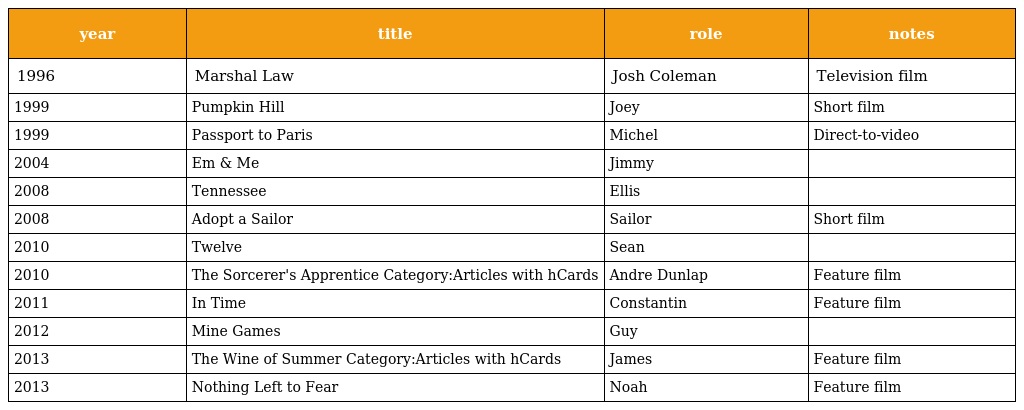
| year | title | role | notes |
 | --- | --- | --- | --- |
 | 1996 | Marshal Law | Josh Coleman | Television film |
 | 1999 | Pumpkin Hill | Joey | Short film |
 | 1999 | Passport to Paris | Michel | Direct-to-video |
 | 2004 | Em & Me | Jimmy |  |
 | 2008 | Tennessee | Ellis |  |
 | 2008 | Adopt a Sailor | Sailor | Short film |
 | 2010 | Twelve | Sean |  |
 | 2010 | The Sorcerer's Apprentice Category:Articles with hCards | Andre Dunlap | Feature film |
 | 2011 | In Time | Constantin | Feature film |
 | 2012 | Mine Games | Guy |  |
 | 2013 | The Wine of Summer Category:Articles with hCards | James | Feature film |
 | 2013 | Nothing Left to Fear | Noah | Feature film |